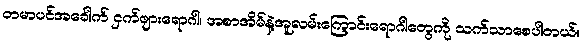
တမာပင်အခေါက် ငှက်ဖျားရောဂါ၊ အစာအိမ်နဲ့အူလမ်းကြောင်းရောဂါတွေကို သက်သာစေပါတယ်။